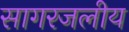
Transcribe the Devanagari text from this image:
सागरजलीय